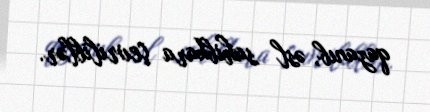
qazanıb, əsl sahibkara çevriliblər.